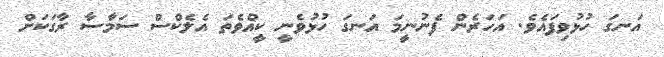
އަނގަ ހުޅުވިފައެވެ. އަހަރެން ފެނުނީމަ އަނގަ ހުޅުވެނީ ކީއްވެތަ އެލެކްސް ސަމާސާ ރާގަކަށް